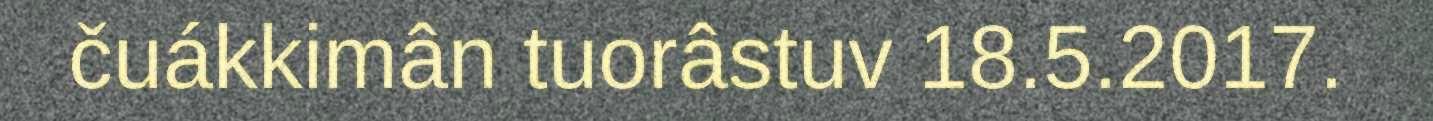
čuákkimân tuorâstuv 18.5.2017.